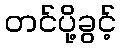
တင်ပို့ခွင့်